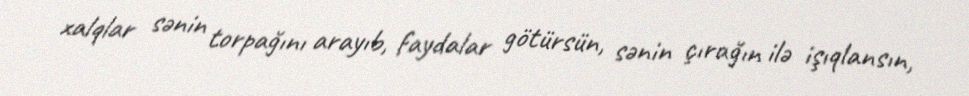
xalqlar sənin torpağını arayıb, faydalar götürsün, sənin çırağın ilə işıqlansın,